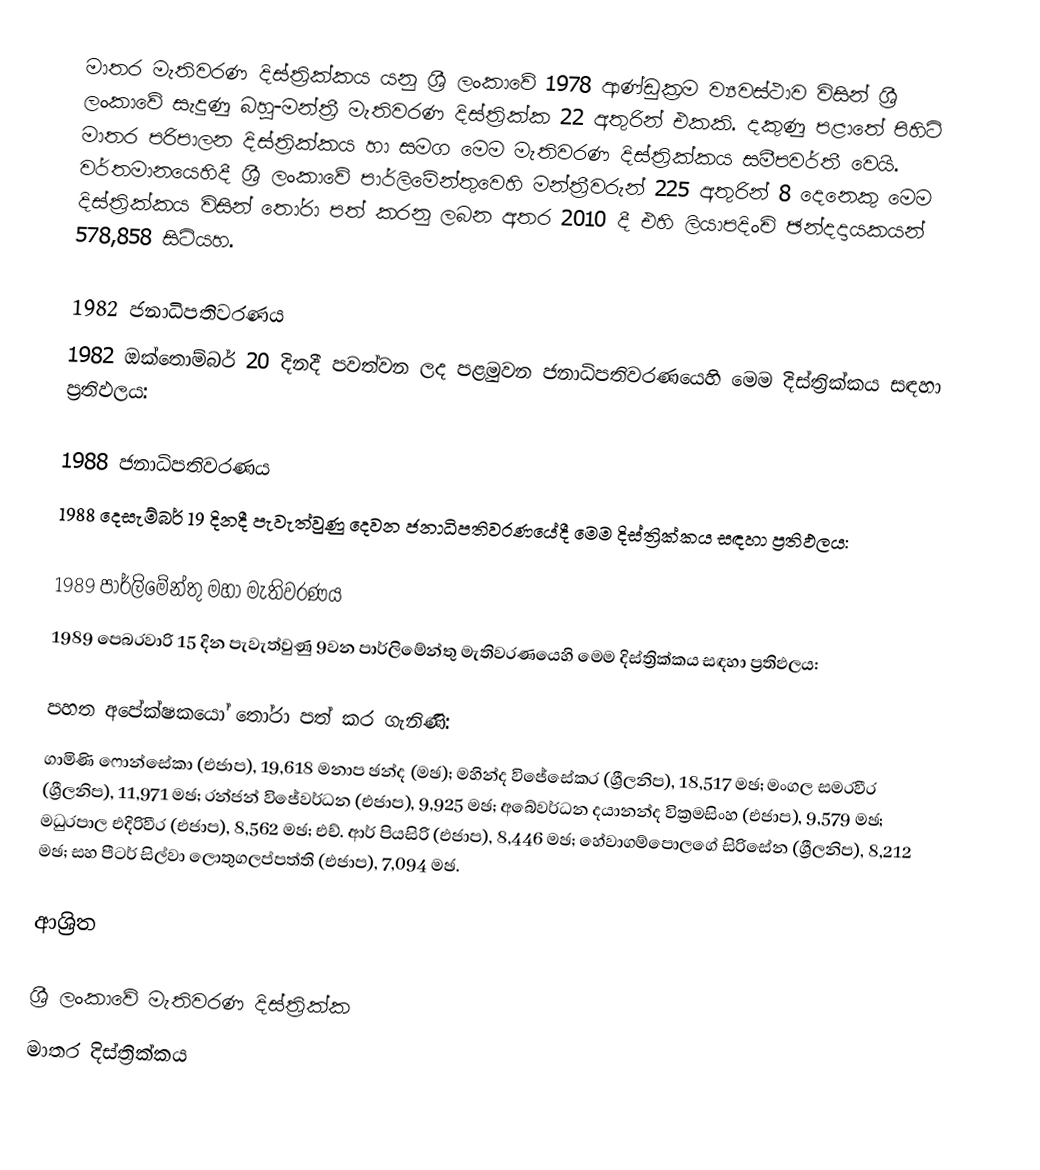
මාතර මැතිවරණ දිස්ත්‍රික්කය යනු ශ්‍රී ලංකාවේ 1978 ආණ්ඩුක්‍රම ව්‍යවස්ථාව විසින් ශ්‍රී ලංකාවේ සැදුණු  බහු-මන්ත්‍රී මැතිවරණ දිස්ත්‍රික්ක 22 අතුරින් එකකි. දකුණු පළාතේ පිහිටි  මාතර පරිපාලන දිස්ත්‍රික්කය හා සමග මෙම මැතිවරණ දිස්ත්‍රික්කය සමීපවර්තී වෙයි. වර්තමානයෙහිදී  ශ්‍රී ලංකාවේ පාර්ලිමේන්තුවෙහි මන්ත්‍රීවරුන් 225 අතුරින් 8 දෙනෙකු මෙම දිස්ත්‍රික්කය විසින් තෝරා පත් කරනු ලබන අතර 2010 දී එහි ලියාපදිංචි ඡන්දදායකයන් 578,858 සිටියහ.

1982 ජනාධිපතිවරණය
1982 ඔක්තොම්බර් 20 දිනදී පවත්වන ලද පළමුවන ජනාධිපතිවරණයෙහි මෙම දිස්ත්‍රික්කය සඳහා ප්‍රතිඵලය:

1988 ජනාධිපතිවරණය
1988 දෙසැම්බර් 19 දිනදී පැවැත්වුණු දෙවන ජනාධිපතිවරණයේදී මෙම දිස්ත්‍රික්කය සඳහා ප්‍රතිඵලය:

1989 පාර්ලිමේන්තු මහා මැතිවරණය
1989 පෙබරවාරි 15 දින පැවැත්වුණු 9වන පාර්ලිමේන්තු මැතිවරණයෙහි මෙම දිස්ත්‍රික්කය සඳහා ප්‍රතිඵලය:

පහත අපේක්ෂකයෝ තෝරා පත් කර ගැනිණි:
ගාමිණි ෆොන්සේකා (එජාප), 19,618 මනාප ඡන්ද (මඡ); මහින්ද විජේසේකර (ශ්‍රීලනිප), 18,517 මඡ; මංගල සමරවීර (ශ්‍රීලනිප), 11,971 මඡ; රන්ජන් විජේවර්ධන (එජාප), 9,925 මඡ; අබේවර්ධන දයානන්ද වික්‍රමසිංහ (එජාප), 9,579 මඡ; මධුරපාල එදිරිවීර (එජාප), 8,562 මඡ; එච්. ආර් පියසිරි (එජාප), 8,446 මඡ; හේවාගම්පොලගේ සිරිසේන (ශ්‍රීලනිප), 8,212 මඡ; සහ පීටර් සිල්වා ලොතුගලප්පත්ති (එජාප), 7,094 මඡ.

ආශ්‍රිත

ශ්‍රී ලංකාවේ මැතිවරණ දිස්ත්‍රික්ක
මාතර දිස්ත්‍රික්කය